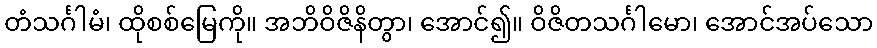
တံသင်္ဂါမံ၊ ထိုစစ်မြေကို။ အဘိဝိဇိနိတွာ၊ အောင်၍။ ဝိဇိတသင်္ဂါမော၊ အောင်အပ်သော